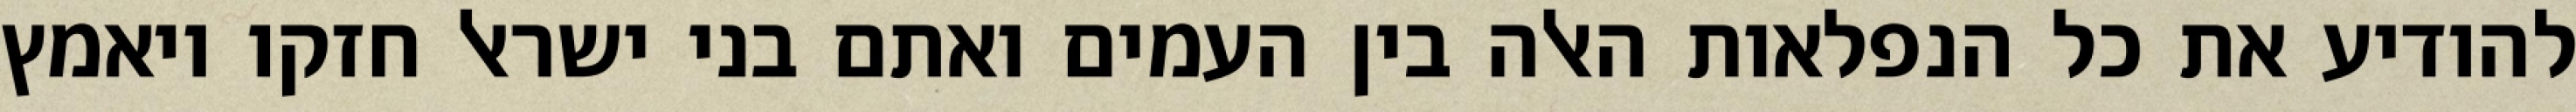
להודיע את כל הנפלאות האלה בין העמים ואתם בני ישראל חזקו ויאמץ